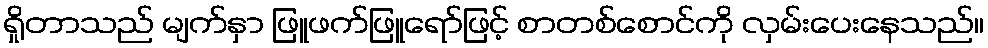
ရှိုတာသည် မျက်နှာ ဖြူဖက်ဖြူရော်ဖြင့် စာတစ်စောင်ကို လှမ်းပေးနေသည်။